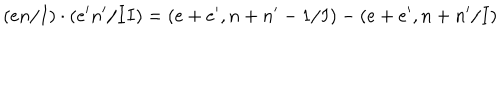
LaTeX: ( e n / I ) \cdot ( e ^ { \prime } n ^ { \prime } / I I ) = ( e + e ^ { \prime } , n + n ^ { \prime } - 1 / I ) - ( e + e ^ { \prime } , n + n ^ { \prime } / I )